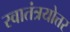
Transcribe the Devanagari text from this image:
स्वातंत्रयोत्तर